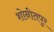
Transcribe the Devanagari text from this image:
शोनीतपुर